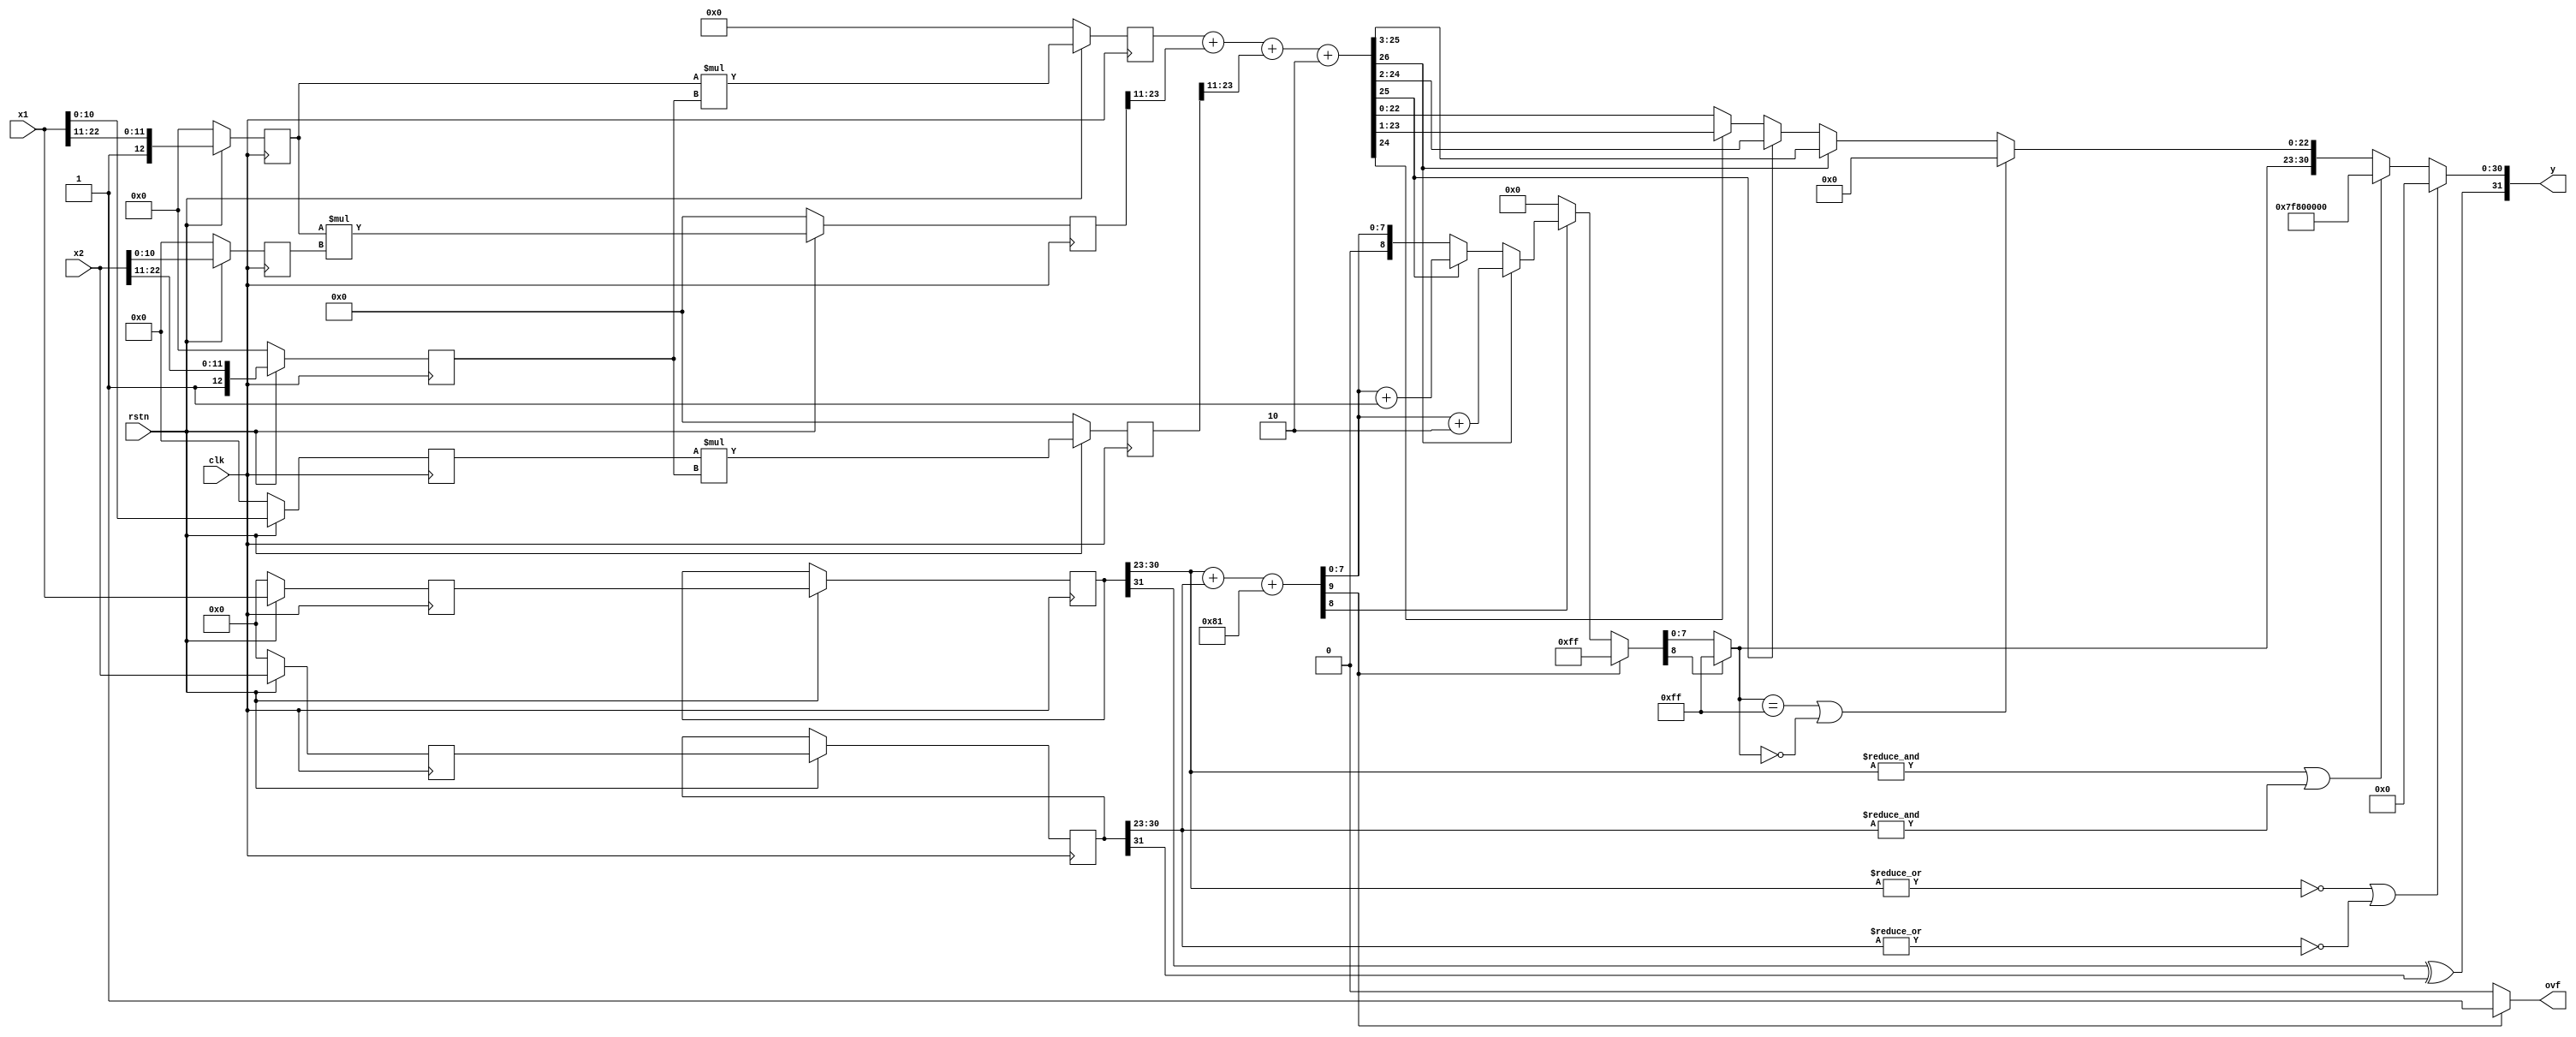
`default_nettype none
module fmul #(parameter NSTAGE = 2)(
    input wire [31:0] x1,
    input wire [31:0] x2,
    output wire [31:0] y,
    output wire ovf,
    input wire clk,
    input wire rstn);

// stage = 0 (x1, x2 -> hi1, lo1, hi2, lo2)

// 1. {s1,e1,m1} = x1{s2,e2,m2} = x2
wire [22:0] m1 = x1[22:0];
wire [22:0] m2 = x2[22:0];

// 2. H, L
wire [12:0] hi1 = {1'b1, m1[22:11]};
wire [10:0] lo1 = m1[10:0];
wire [12:0] hi2 = {1'b1, m2[22:11]};
wire [10:0] lo2 = m2[10:0];

// stage = 1 (x1r[0], x2r[0], hi1r, lo1r, hi2r, lo2r -> hh, hl, lh)

reg [31:0] x1r[2:0];
reg [31:0] x2r[2:0];
reg [12:0] hi1r, hi2r;
reg [10:0] lo1r, lo2r;

// 3.Ha*Hb, Ha*Lb, La*Hb
wire [25:0] hh = hi1r * hi2r;
wire [23:0] hl = hi1r * lo2r;
wire [23:0] lh = lo1r * hi2r;

// stage = 2 (x1r[1], x2r[1], hhr, hlr, lhr -> y, ovf)

reg [25:0] hhr;
reg [23:0] hlr;
reg [23:0] lhr;

// 4. MMUL = HH + (HL >> 11) + (LH >> 11) + 2
wire [26:0] mmul = hhr + hlr[23:11] + lhr[23:11] + 2;

// 5. 123bit
wire [22:0] ym0 =   (mmul[26] == 1) ? mmul[25:3] :
                    (mmul[25] == 1) ? mmul[24:2] :
                    (mmul[24] == 1) ? mmul[23:1] : mmul[22:0];

// 6. 
wire s1 = x1r[1][31];
wire s2 = x2r[1][31];
wire ys = s1 ^ s2;

wire [7:0] e1= x1r[1][30:23];
wire [7:0] e2= x2r[1][30:23];
wire [9:0] ye0 = e1 + e2 + 129;      //256-127

// 7. 

wire iszero = (~(|x1r[1][30:23]) | ~(|x2r[1][30:23]));
wire isinf = (&x1r[1][30:23]) | (&x2r[1][30:23]);

wire [8:0] ye1 =    (ye0[9] == 1) ? 255 :
                    (ye0[8] == 0) ? 0 :
                    (mmul[26] == 1) ? ye0[7:0] + 2 :
                    (mmul[25] == 1) ? ye0[7:0] + 1 : ye0[7:0];

wire [7:0] ye = (ye1[8]) ? 255 : ye1[7:0];

wire [22:0] ym = (ye == 255 || ye == 0) ? 0 : ym0;

assign y =  (iszero) ? {ys, 31'b0} :
            (isinf) ? {ys, 8'b11111111, 23'b0} : {ys, ye, ym};
assign ovf = (ye0[9] == 1) ? 1 : 0;

always @(posedge clk) begin
    if(~rstn) begin
        x1r[0] <= 'b0;
        x2r[0] <= 'b0;
        hhr <= 'b0;
        hlr <= 'b0;
        lhr <= 'b0;
        hi1r <= 'b0;
        hi2r <= 'b0;
        lo1r <= 'b0;
        lo2r <= 'b0;
    end else begin
        x1r[0] <= x1;
        x2r[0] <= x2;
        x1r[1] <= x1r[0];
        x2r[1] <= x2r[0];
        hi1r <= hi1;
        lo1r <= lo1;
        hi2r <= hi2;
        lo2r <= lo2;
        hhr <= hh;
        hlr <= hl;
        lhr <= lh;
    end
end

endmodule
`default_nettype wire